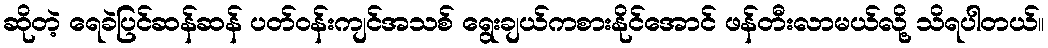
ဆိုတဲ့ ရေခဲပြင်ဆန်ဆန် ပတ်ဝန်းကျင်အသစ် ရွေးချယ်ကစားနိုင်အောင် ဖန်တီးလာမယ်လို့ သိရပါတယ်။